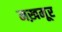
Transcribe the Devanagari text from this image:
मख़मूर